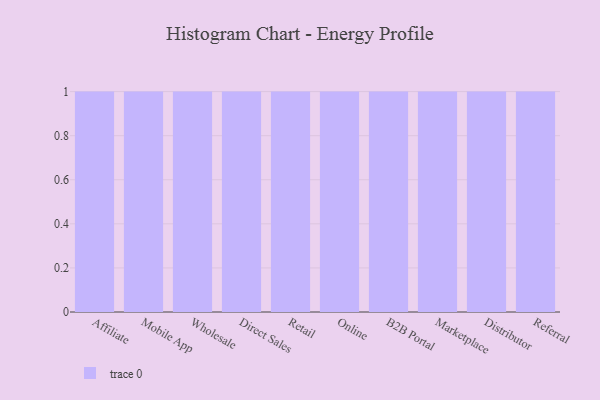
{"axis": {"x": "Channel", "y": "LTV (USD)"}, "legend": [""], "data": [{"x": "Affiliate", "y": 8, "type": ""}, {"x": "Mobile App", "y": 21, "type": ""}, {"x": "Wholesale", "y": 84, "type": ""}, {"x": "Direct Sales", "y": 46, "type": ""}, {"x": "Retail", "y": 26, "type": ""}, {"x": "Online", "y": 14, "type": ""}, {"x": "B2B Portal", "y": 72, "type": ""}, {"x": "Marketplace", "y": 46, "type": ""}, {"x": "Distributor", "y": 42, "type": ""}, {"x": "Referral", "y": 100, "type": ""}]}